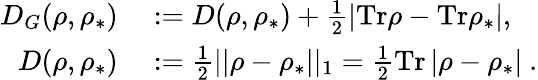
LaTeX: \begin{array}{rl}{D_{G}(\rho,\rho_{\ast})}&{{}:=D(\rho,\rho_{\ast})+\frac{1}{2}|\mathrm{Tr}\rho-\mathrm{Tr}\rho_{\ast}|,}\\ {D(\rho,\rho_{\ast})}&{{}:=\frac{1}{2}||\rho-\rho_{\ast}||_{1}=\frac{1}{2}\mathrm{Tr}\left\vert\rho-\rho_{\ast}\right\vert~.}\end{array}